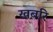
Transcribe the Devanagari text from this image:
खबरि